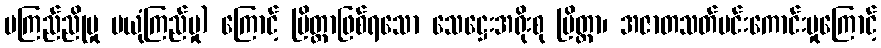
မကြည်ညိုမှု မယုံကြည်မှု) ကြောင့် ပြိတ္တာဖြစ်ရသော သေဋ္ဌေးအရိုးစု ပြိတ္တာ၊ အဇာတသတ်မင်းကောင်းမှုကြောင့်